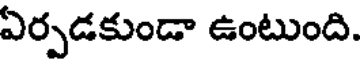
ఏర్పడకుండా ఉంటుంది.